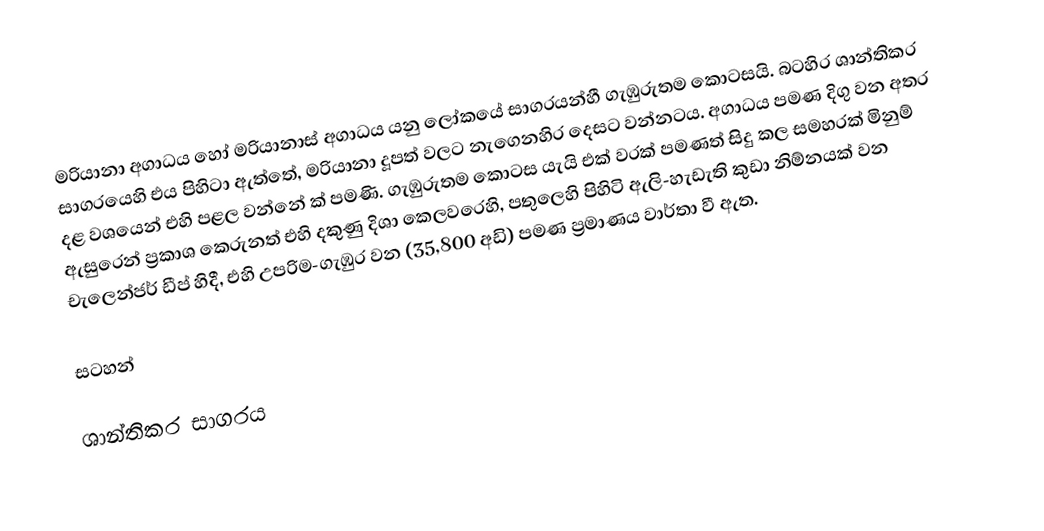
මරියානා අගාධය හෝ මරියානාස් අගාධය යනු ලෝකයේ  සාගරයන්හී ගැඹුරුතම කොටසයි. බටහිර ශාන්තිකර සාගරයෙහි එය පිහිටා ඇත්තේ, මරියානා දූපත් වලට නැගෙනහිර දෙසට වන්නටය. අගාධය  පමණ දිගු වන අතර දළ වශයෙන් එහි පළල වන්නේ  ක් පමණි.  ගැඹුරුතම කොටස   යැයි එක් වරක් පමණත් සිදු කල සමහරක් මිනුම් ඇසුරෙන් ප්‍රකාශ කෙරුනත්  එහි දකුණු දිශා කෙලවරෙහි, පතුලෙහි පිහිටි ඇලි-හැඩැති කුඩා නිම්නයක් වන  චැලෙන්ජර් ඩීප් හිදී, එහි උපරිම-ගැඹුර වන  (35,800 අඩි) පමණ ප්‍රමාණය වාර්තා වී ඇත.

සටහන්

ශාන්තිකර සාගරය